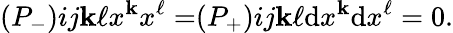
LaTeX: \begin{array}{l}{{(P_{-})}}\end{array}{ij}{\mathbf{k}\ell}x^{\mathbf{k}}x^{\ell}=\begin{array}{l}{{(P_{+})}}\end{array}{ij}{\mathbf{k}\ell}\mathrm{d}x^{\mathbf{k}}\mathrm{d}x^{\ell}=0.